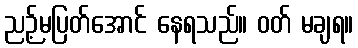
ညဉ့်မပြတ်အောင် နေရသည်။ ဝတ် မချရ။